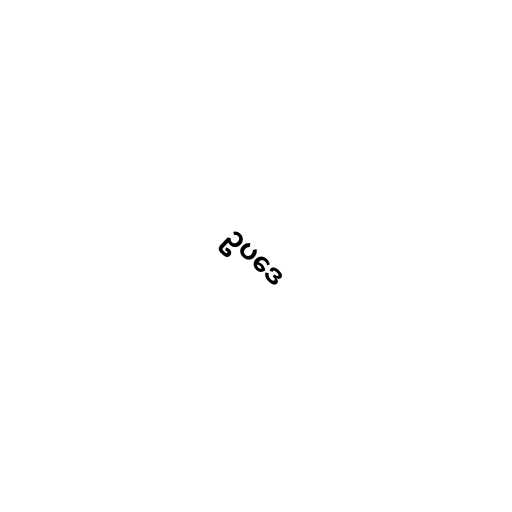
ဥပဒေ